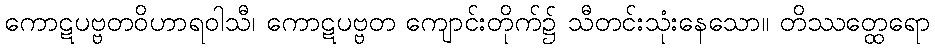
ကောဋပဗ္ဗတဝိဟာရဝါသီ၊ ကောဋပဗ္ဗတ ကျောင်းတိုက်၌ သီတင်းသုံးနေသော။ တိဿတ္ထေရော